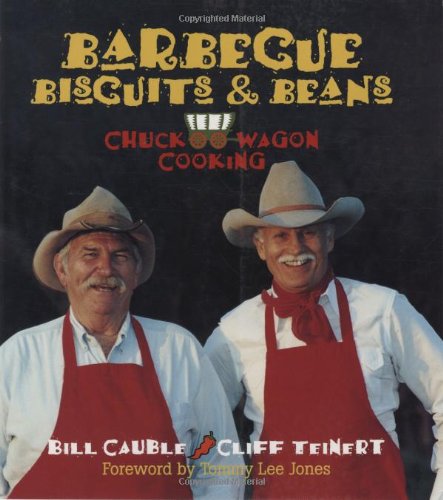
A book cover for Barbecue Biscuits & Beans: Chuck Wagon Cooking; Bill Cauble; Cookbooks, Food & Wine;